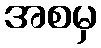
အစမှ